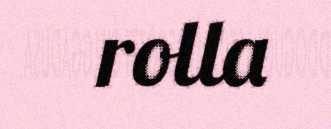
rolla